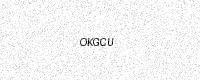
Text: OKGCU